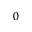
0